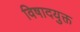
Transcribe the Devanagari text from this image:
विषादयुक्त